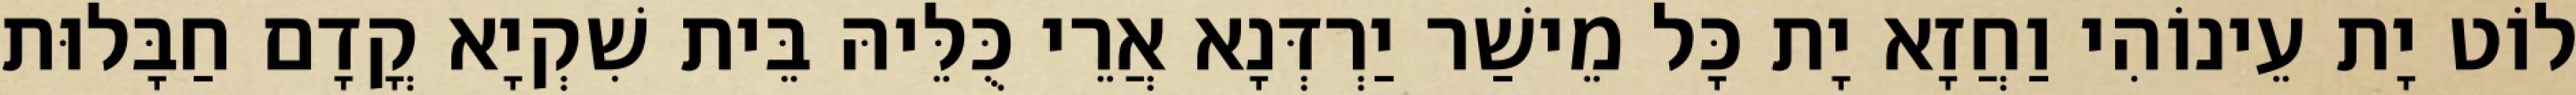
לוֹט יָת עֵינוֹהִי וַחֲזָא יָת כָּל מֵישַׁר יַרְדְּנָא אֲרֵי כֻּלֵּיהּ בֵּית שִׁקְיָא קֳדָם חַבָּלוּת